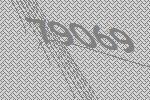
79069